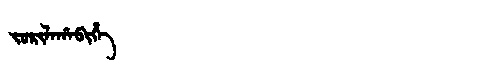
Manchu: ᠵᠣᡵᡳᠯᠠᡥᠠᠪᡳᡥᡝ
Romanization: JORILAHABIHE